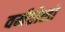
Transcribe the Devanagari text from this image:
वर्महोलों